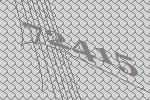
72415